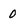
Character: 0